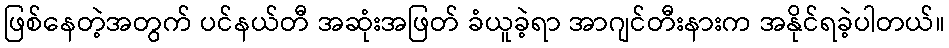
ဖြစ်နေတဲ့အတွက် ပင်နယ်တီ အဆုံးအဖြတ် ခံယူခဲ့ရာ အာဂျင်တီးနားက အနိုင်ရခဲ့ပါတယ်။